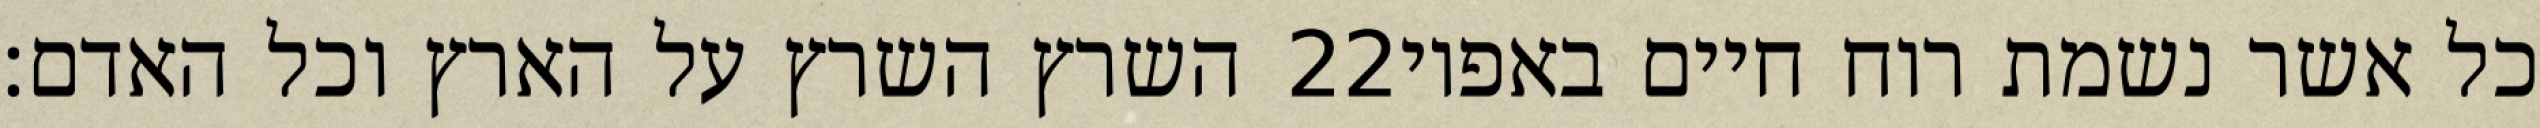
השרץ השרץ על הארץ וכל האדם׃ ‎22‏ כל אשר נשמת רוח חיים באפיו